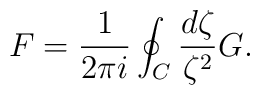
F=\frac{1}{2\pi i}\oint_C \frac{d\zeta}{\zeta^2} G.